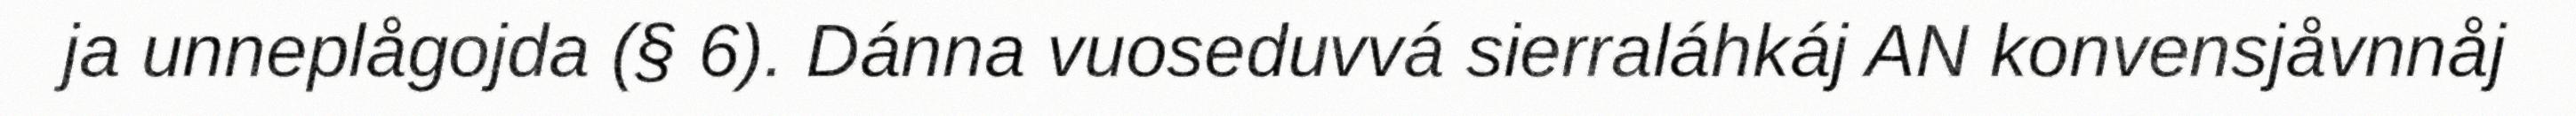
ja unneplågojda (§ 6). Dánna vuoseduvvá sierraláhkáj AN konvensjåvnnåj